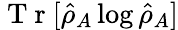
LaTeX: \mathrm{~T~r~}[\hat{\rho}_{A}\log\hat{\rho}_{A}]